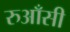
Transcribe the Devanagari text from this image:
रुआँसी